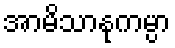
အာမိသာနုကမ္ပာ